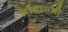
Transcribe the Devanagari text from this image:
लावासनी